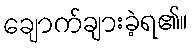
ချောက်ချားခဲ့ရ၏။